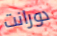
دورانت